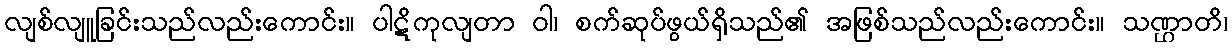
လျစ်လျူခြင်းသည်လည်းကောင်း။ ပါဋိကုလျတာ ဝါ၊ စက်ဆုပ်ဖွယ်ရှိသည်၏ အဖြစ်သည်လည်းကောင်း။ သဏ္ဌာတိ၊